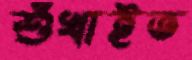
শুঁখাইত